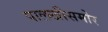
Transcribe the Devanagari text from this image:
पालखीसमोर